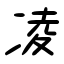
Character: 凌